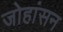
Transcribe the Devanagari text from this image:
जोहांसन